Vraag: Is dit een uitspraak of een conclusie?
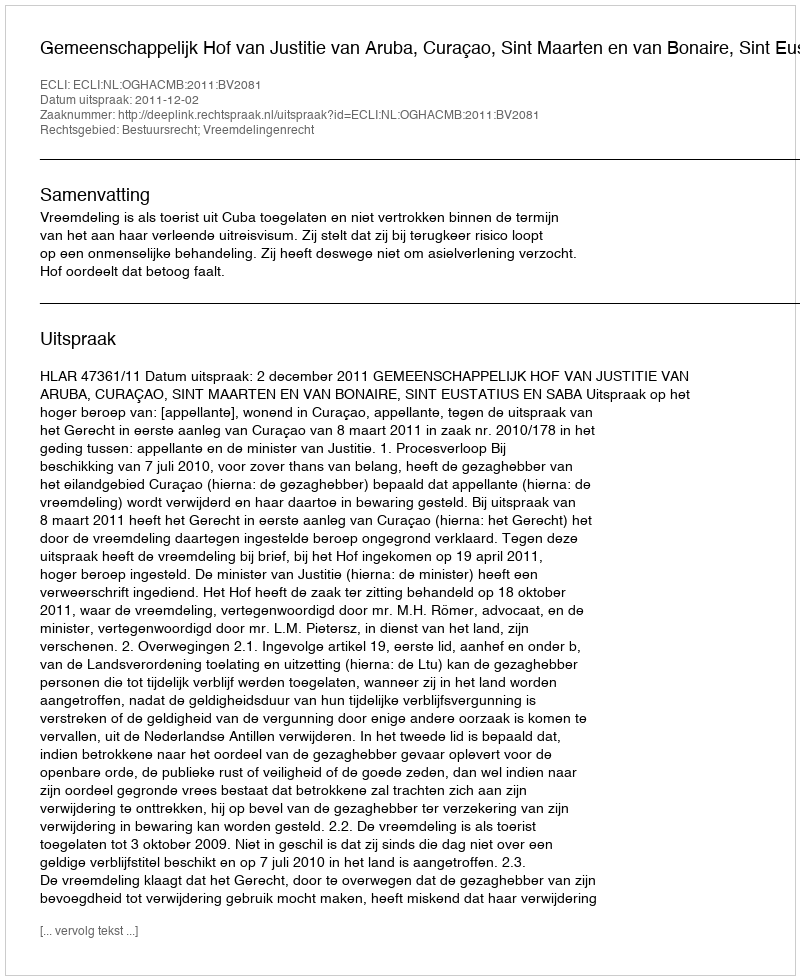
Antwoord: Uitspraak